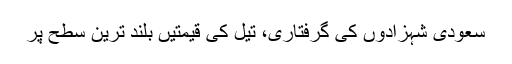
سعودی شہزادوں کی گرفتاری، تیل کی قیمتیں بلند ترین سطح پر